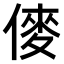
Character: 𠍅